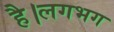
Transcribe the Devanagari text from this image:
है।लगभग